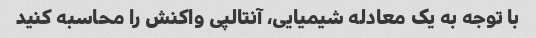
با توجه به یک معادله شیمیایی، آنتالپی واکنش را محاسبه کنید